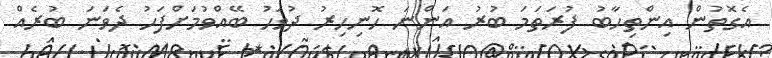
އެގޮތުން އިންތިހާބު ފުރަތަމަ ބުރު އަންނަ ހޮނިހިރު ދުވަހު ބޭއްވުމަށްފަހު ދެވަނަ ބުރެއް